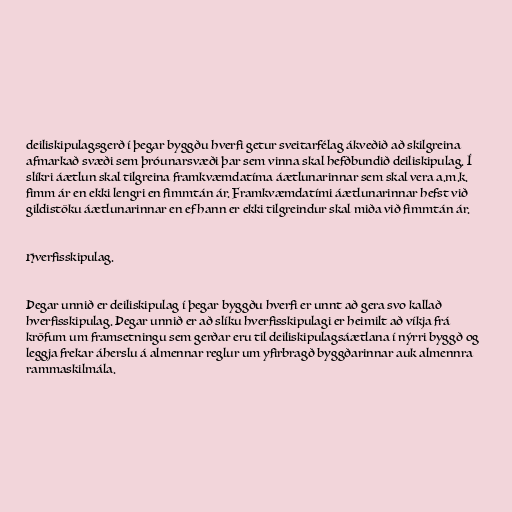
deiliskipulagsgerð í þegar byggðu hverfi getur sveitarfélag ákveðið að skilgreina
afmarkað svæði sem þróunarsvæði þar sem vinna skal hefðbundið deiliskipulag. Í
slíkri áætlun skal tilgreina framkvæmdatíma áætlunarinnar sem skal vera a.m.k.
fimm ár en ekki lengri en fimmtán ár. Framkvæmdatími áætlunarinnar hefst við
gildistöku áætlunarinnar en ef hann er ekki tilgreindur skal miða við fimmtán ár.

Hverfisskipulag.

Þegar unnið er deiliskipulag í þegar byggðu hverfi er unnt að gera svo kallað
hverfisskipulag. Þegar unnið er að slíku hverfisskipulagi er heimilt að víkja frá
kröfum um framsetningu sem gerðar eru til deiliskipulagsáætlana í nýrri byggð og
leggja frekar áherslu á almennar reglur um yfirbragð byggðarinnar auk almennra
rammaskilmála.